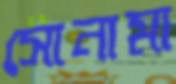
সোনামা